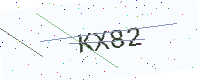
Text: KX82